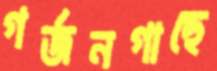
গর্জনগাছে